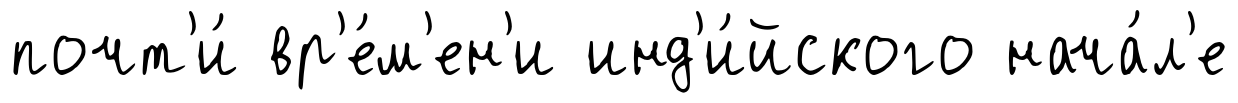
почт'и́ вр'е́м'ен'и инд'и́йского нача́л'е